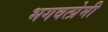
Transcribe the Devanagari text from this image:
भगवत्प्रेमी